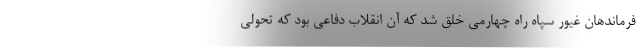
فرماندهان غیور سپاه راه چهارمی خلق شد که آن انقلاب دفاعی بود که تحولی